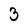
Character: 3